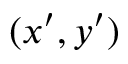
( x ^ { \prime } , y ^ { \prime } )